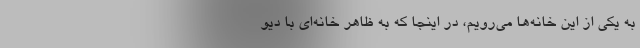
به یکی از این خانه‌ها می‌رویم، در اینجا که به ظاهر خانه‌ای با دیو